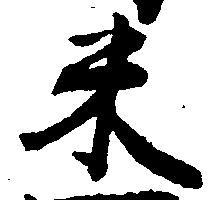
米